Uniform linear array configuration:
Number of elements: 16
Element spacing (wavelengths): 0.75
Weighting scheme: uniform
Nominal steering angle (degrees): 0
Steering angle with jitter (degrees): -0.9388
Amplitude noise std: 0.05
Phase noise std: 0.05

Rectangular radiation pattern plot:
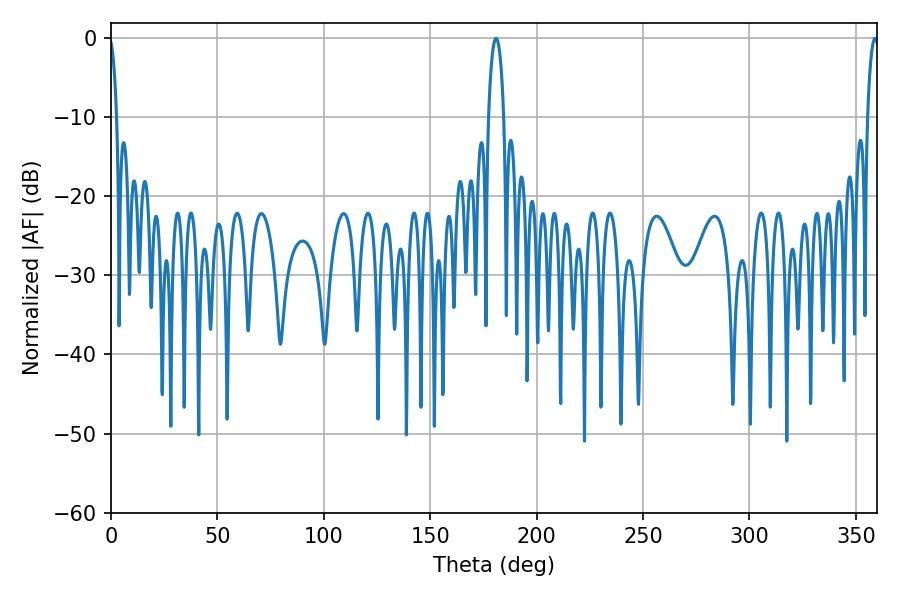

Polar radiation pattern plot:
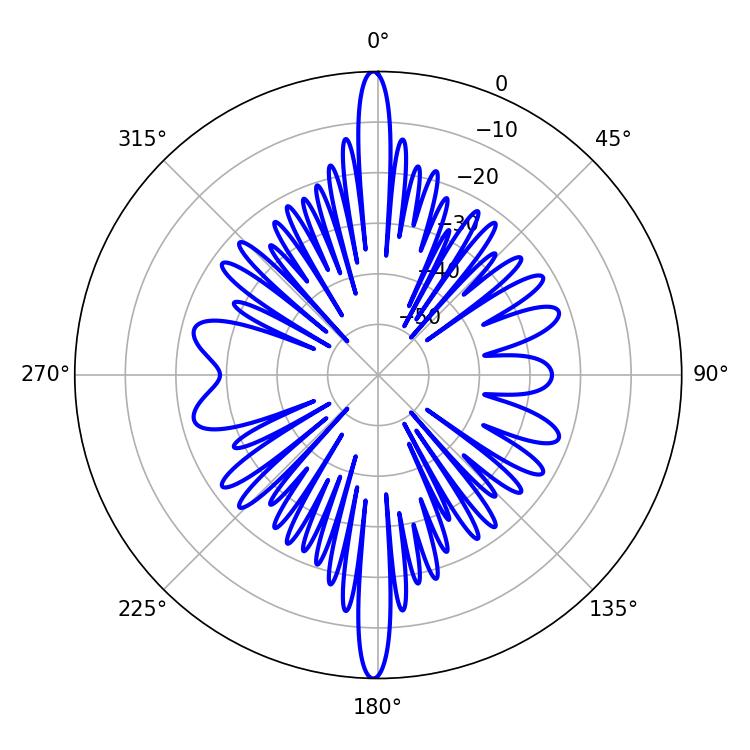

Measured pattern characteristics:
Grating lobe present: TRUE
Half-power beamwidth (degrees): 4.14
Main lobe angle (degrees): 180.9